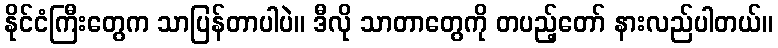
နိုင်ငံကြီးတွေက သာပြန်တာပါပဲ။ ဒီလို သာတာတွေကို တပည့်တော် နားလည်ပါတယ်။